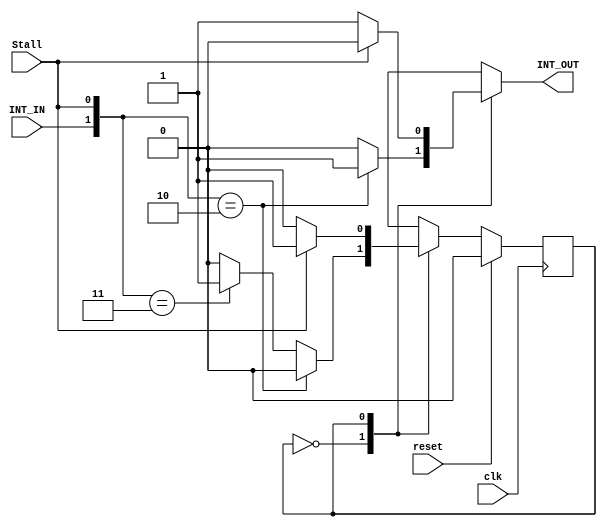
module InterruptStateMachine(
    INT_IN,INT_OUT,Stall,reset,clk
);
    localparam state0=1'b0;
    localparam state1=1'b1;

    input INT_IN,Stall,reset,clk;
    output reg INT_OUT;
    reg state,next_state;

    always @(posedge clk) begin
        if(reset==1'b1)
        begin
            state<=state0;
        end
        else begin
            state<=next_state;
        end
    end
    always @(INT_IN,Stall,state) begin
        case (state)
            state0:
                if({INT_IN,Stall}==2'b10)
                begin
                    next_state<=state0;
                    INT_OUT<=1'b1;
                end
                else if ({INT_IN,Stall}==2'b11) begin
                    next_state<=state1;
                    INT_OUT<=1'b0;
                end
                else begin
                    next_state<=state0;
                    INT_OUT<=1'b0;
                end
            state1:
                if(Stall==1'b0)
                begin
                    next_state<=state0;
                    INT_OUT<=1'b1;
                end
                else begin
                    next_state<=state1;
                    INT_OUT<=1'b0;
                end
            default:
                next_state<=state0;
        endcase
    end
endmodule